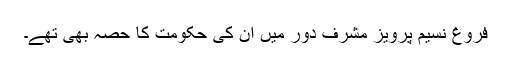
فروغ نسیم پرویز مشرف دور میں ان کی حکومت کا حصہ بھی تھے۔